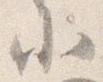
北